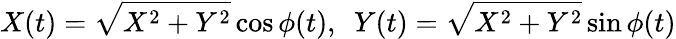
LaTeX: X(t)=\sqrt{X^{2}+Y^{2}}\cos\phi(t),\ \ Y(t)=\sqrt{X^{2}+Y^{2}}\sin\phi(t)